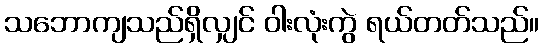
သဘောကျသည်ရှိလျှင် ဝါးလုံးကွဲ ရယ်တတ်သည်။